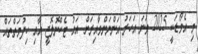
މި އެވޯޑަކީ 2025 ވަނަ އަހަރު އަންނަންވާއިރަށް އައު ޓެކްނޮލޮޖީ އާއި ހިދުމަތްތައް